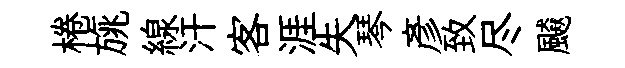
棬旐線汗客涯失琴彦致尽飇